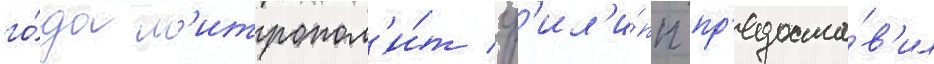
го́да м'итропол'и́т ф'ил'и́пп пр'едоста́в'ил